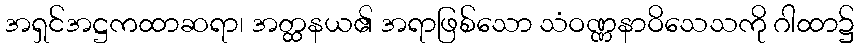
အရှင်အဋ္ဌကထာဆရာ၊ အတ္ထနယ၏ အရာဖြစ်သော သံဝဏ္ဏနာဝိသေသကို ဂါထာ၌